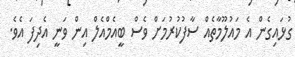
ގުޅައިގެން އެ މައުލޫމާތެއް ސާފުކުރުމަށް ވެސް ބީއެމްއެލް އިން ވަނީ އެދިފަ އެވެ.